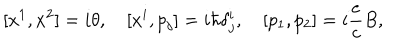
[ x ^ { 1 } , x ^ { 2 } ] = i \theta , \quad [ x ^ { i } , p _ { j } ] = i \hbar \delta _ { j } ^ { i } , \quad [ p _ { 1 } , p _ { 2 } ] = i \frac { e } { c } B ,